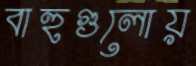
বাহুগুলোয়